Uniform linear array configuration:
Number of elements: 8
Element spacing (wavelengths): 0.25
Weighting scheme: uniform
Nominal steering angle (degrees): -30
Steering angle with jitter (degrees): -30.824
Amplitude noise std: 0.05
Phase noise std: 0.05

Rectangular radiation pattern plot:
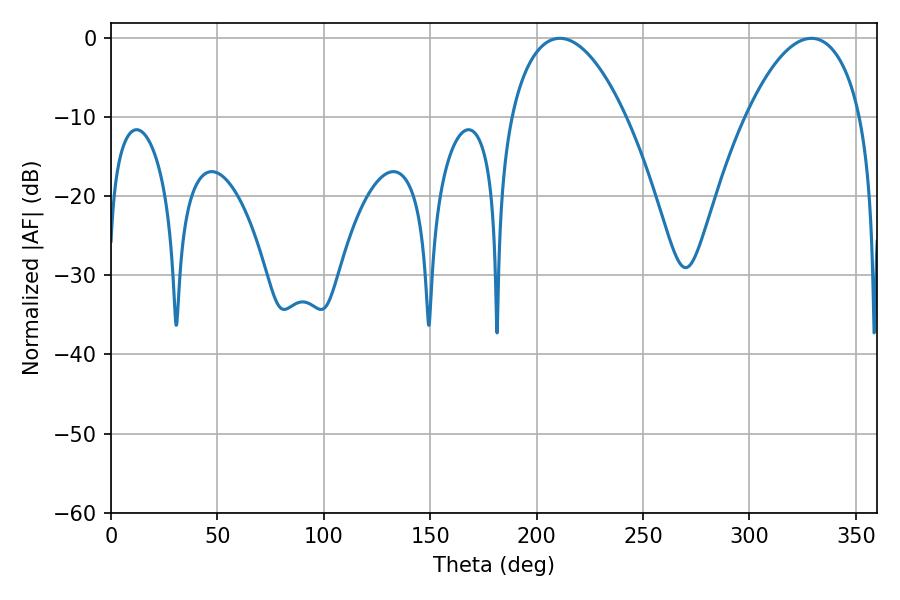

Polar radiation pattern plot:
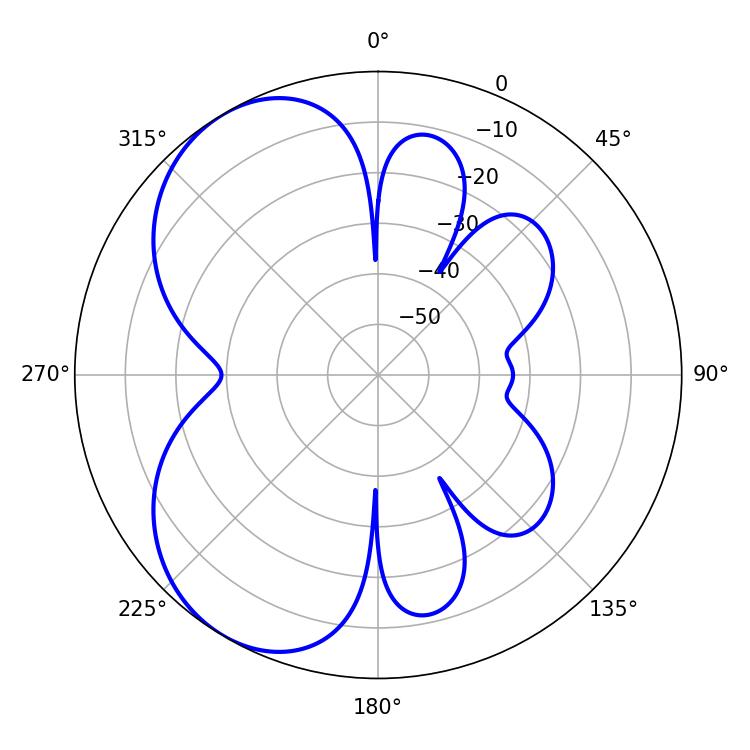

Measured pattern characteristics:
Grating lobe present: FALSE
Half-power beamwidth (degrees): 30.24
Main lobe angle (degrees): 210.96